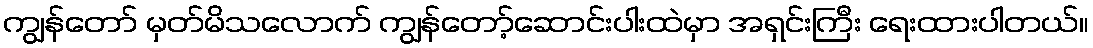
ကျွန်တော် မှတ်မိသလောက် ကျွန်တော့်ဆောင်းပါးထဲမှာ အရှင်းကြီး ရေးထားပါတယ်။